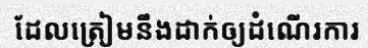
ដែលត្រៀមនឹងដាក់ឲ្យដំណើរការ